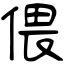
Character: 偎